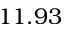
1 1 . 9 3